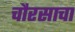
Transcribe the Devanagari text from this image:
चौरसाचा